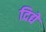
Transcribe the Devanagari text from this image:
दिद्ये